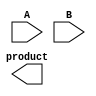
`timescale 1ns / 1ps
//////////////////////////////////////////////////////////////////////////////////
// Company: 
// Engineer: 
// 
// Design Name: 
// Module Name: carry_save_array_mult
// Project Name: 
// Target Devices: 
// Tool Versions: 
// Description: 
// 
// Dependencies: 
// 
// Revision:
// Revision 0.01 - File Created
// Additional Comments:
// 
//////////////////////////////////////////////////////////////////////////////////


module carry_save_array_mult(
input [3:0] A,
input [3:0] B,
output [7:0] product
);

wire p_00 = A[0] & B[0];
wire p_01 = A[0] & B[1];
wire p_02 = A[0] & B[2];
wire p_03 = A[0] & B[3];

wire p_10 = A[1] & B[0];
wire p_11 = A[1] & B[1];
wire p_12 = A[1] & B[2];
wire p_13 = A[1] & B[3];

wire p_20 = A[2] & B[0];
wire p_21 = A[2] & B[1];
wire p_22 = A[2] & B[2];
wire p_23 = A[2] & B[3];

wire p_30 = A[3] & B[0];
wire p_31 = A[3] & B[1];
wire p_32 = A[3] & B[2];
wire p_33 = A[3] & B[3];

wire [3:0] s0,s1;
wire [3:0] c0, c1;
 


endmodule